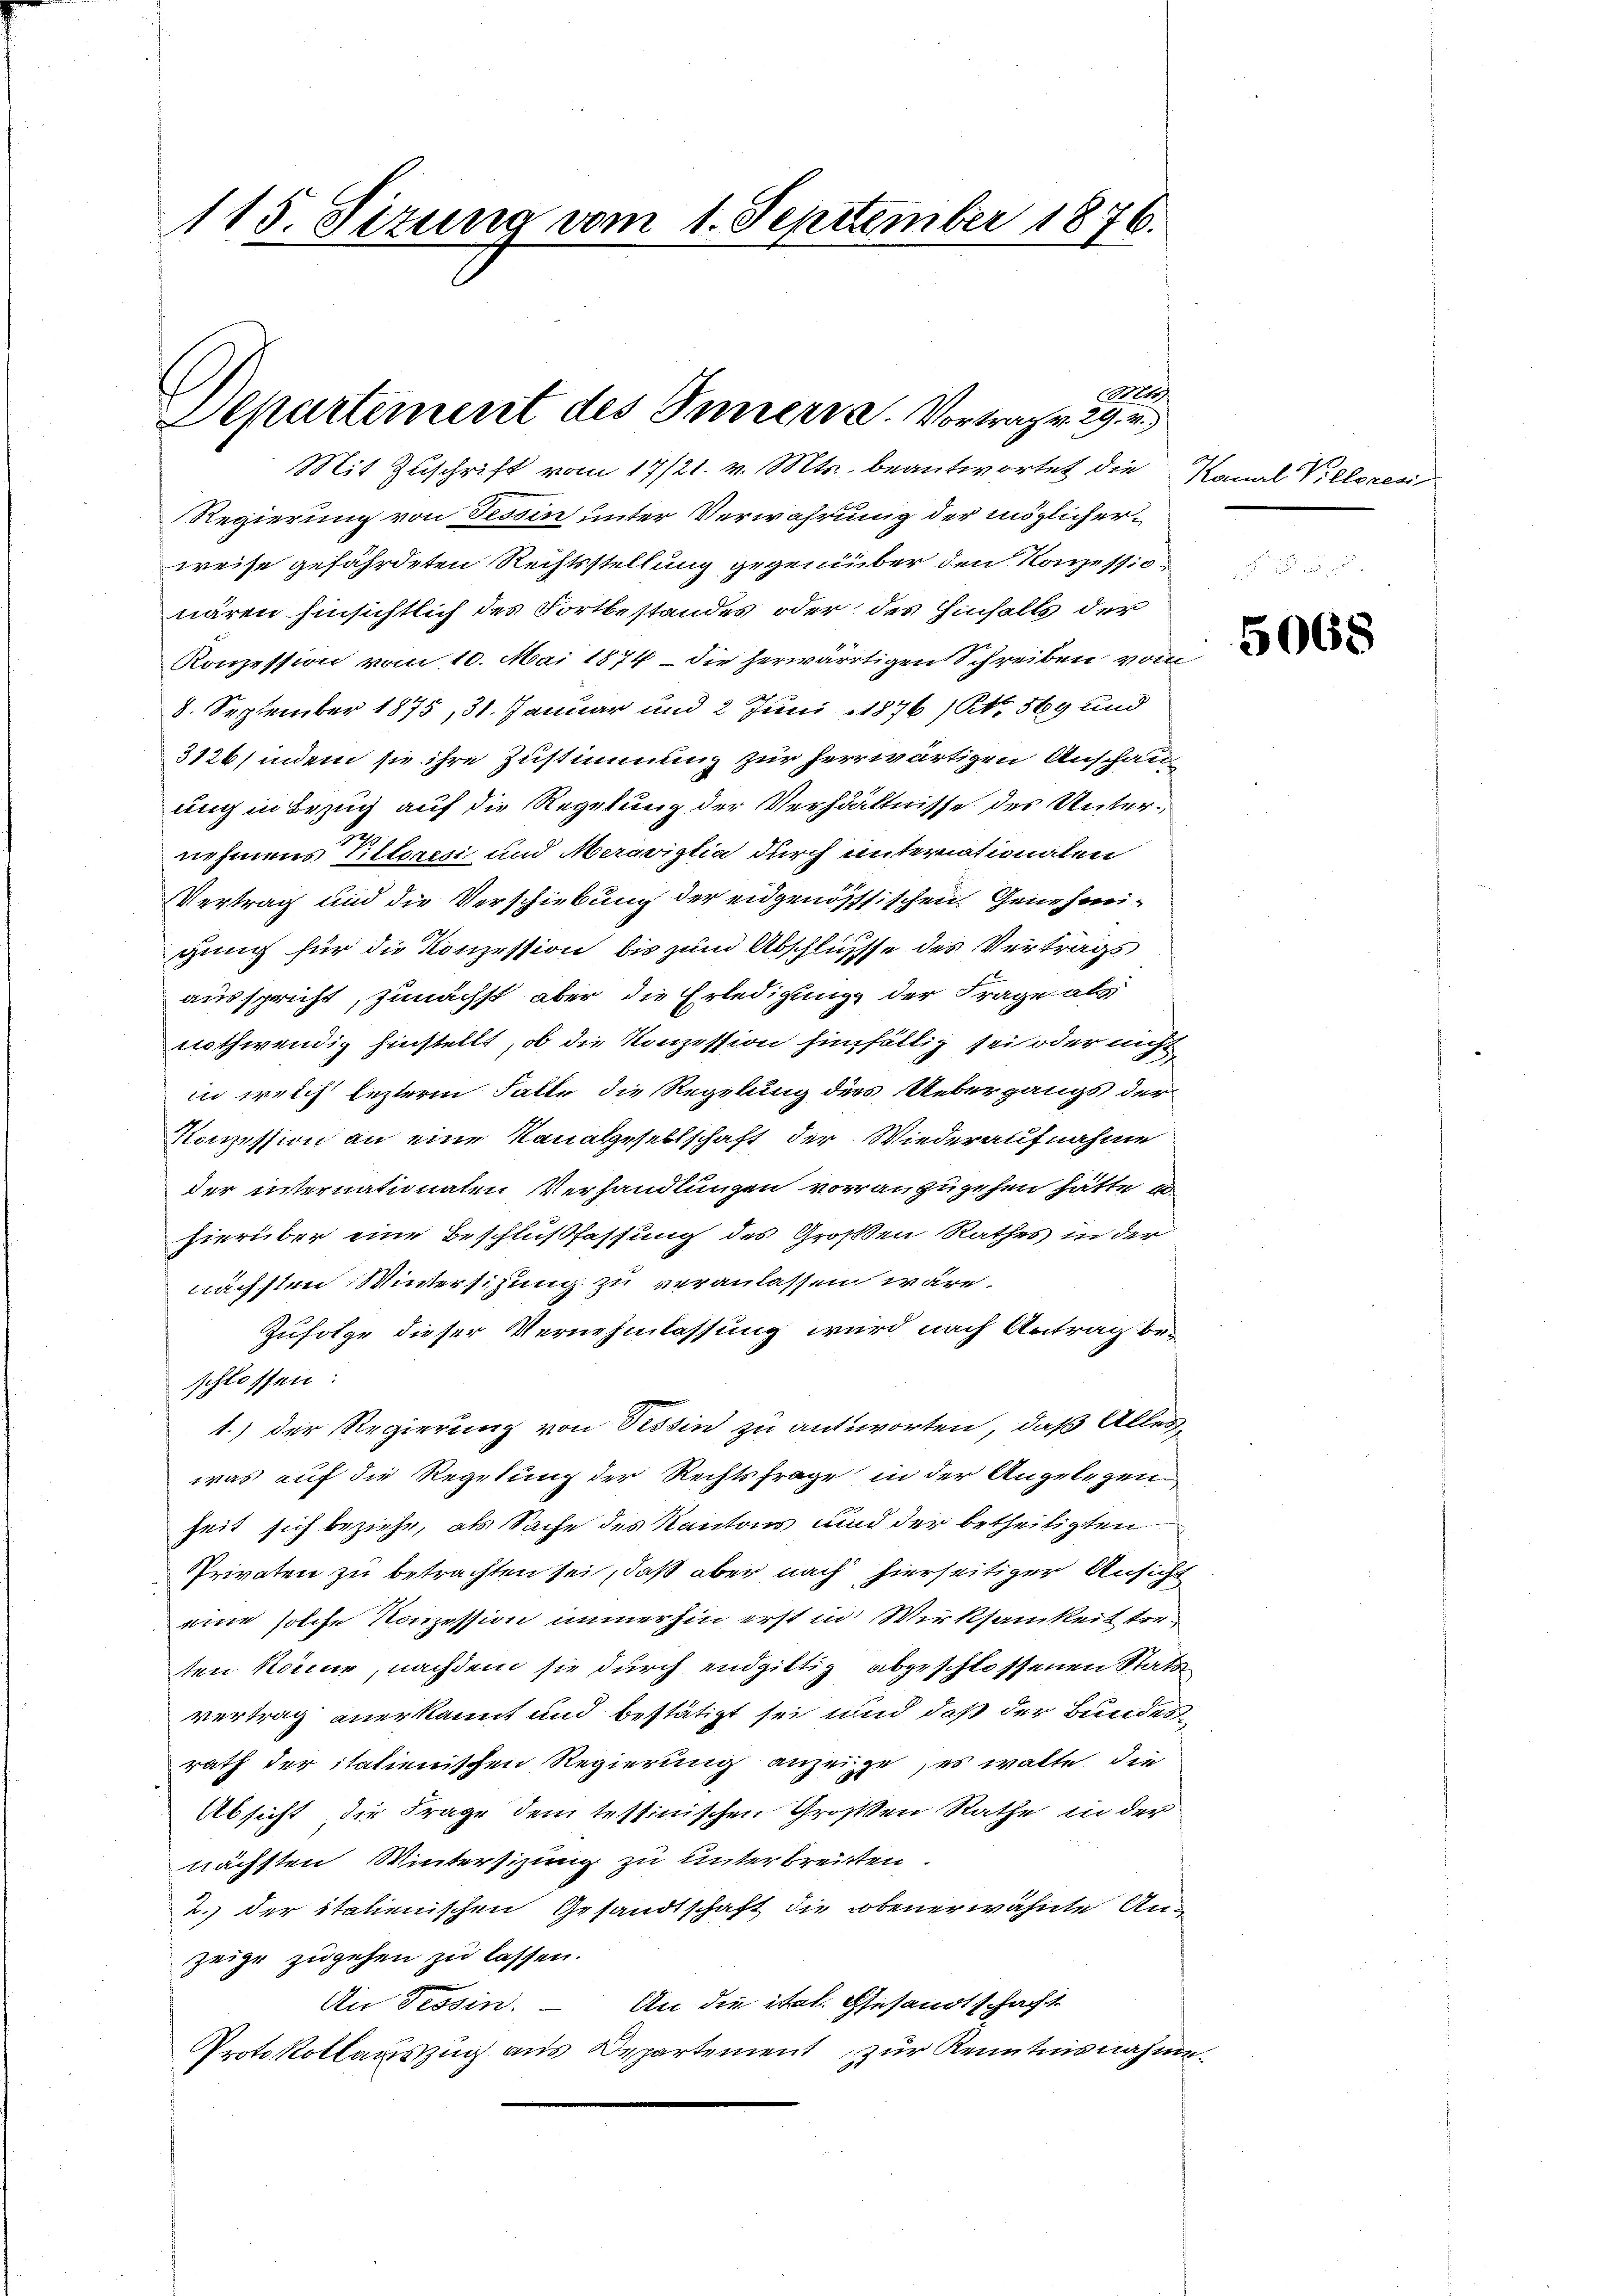
115. Sizung vom 1. September 1876.

Mts.
Departement des Inners. Vortrag v. 29. v.
Mit Zuschrift vom 17/21. v. Mts. beantwortet die Kanal Vieleresi

Regierung von Tessin unter Verwahrung der möglicherweise gefährdeten Rechtsstellung gegenüber den Konzessionären hinsichtlich des Fortbestandes oder des hinhalts der
Konzession vom 10. Mai 1874 – die herwärtigen Schreiben vom
8. September 1875, 31. Januar und 2 Juni 1876 (No. 569 und
3126/ indem sie ihre Zustimmung zur herrwärtigen Anschau
ung in Bezug auf die Regelung der Verhältnisse des Unternehmens Pittoresi und Meraviglia durch unternationalen
Vertrag und die Verschiebung der eidgenössischen Genehmigung für die Konzession bis zum Abschlüsse des Vertrags
ausspricht, zunächst aber die Erledigung der Frage ab
nothwendig hinstellt, ob die Konzession hinfällig sei oder nicht
in welch lezterm Falle die Regelung dies Uebergangs der
Konzession an eine Kanalgesellschaft der Wiederaufnahme
der internationaten Verhandlungen voranzugehen hätte u
hierüber eine Beschlußfassung des Großen Rathes in der
nächsten Wintersitzung zu veranlassen wäre.
Zufolge dieser Vernehmlassung wird nach Antrag beschlossen:
1.) Der Regierung von Tessin zu antworten, daß Alles
was auf die Regelung der Rechtsfrage in der Angelegen
heit sich beziehe, als Sache des Kantons und der betheiligten
Privaten zu betrachten sei, daß aber nach hierseitiger Ansicht
eine solche Konzession immerhin erst in Wirksamkeit treten könne, nachdem sie durch endgiltig abgeschlossenen Statt
vertrag anerkannt und bestätigt sei und daß der Bundes
rath der italienischen Regierung anzeige, es walte die
Absicht die Frage dem testinischen Großen Rathe in der
nächsten Wintersizung zu unterbreiten
2. der italienischen Gesandtschaft die obenerwähnte Anzeige zugehen zu lassen.
An die itat. Gesandtschaft
An Tessin.
Protokollauszug aus Departement zur Kenntnisnahme¬

5068